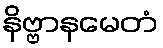
နိဗ္ဗာနမေတံ